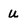
Character: U